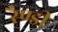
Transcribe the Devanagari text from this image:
रैण्डी